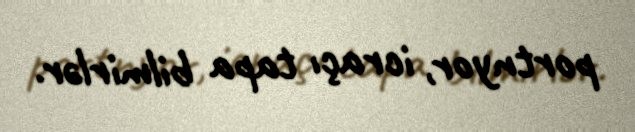
portnyor, icraçı tapa bilmirlər.